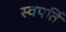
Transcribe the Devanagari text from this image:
स्वपतिं